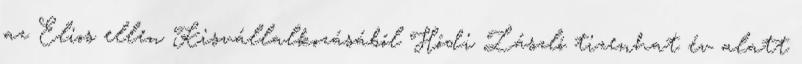
az Elios ellen Kisvállalkozásából Hódi László tizenhat év alatt